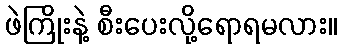
ဖဲကြိုးနဲ့ စီးပေးလို့ရောရမလား။